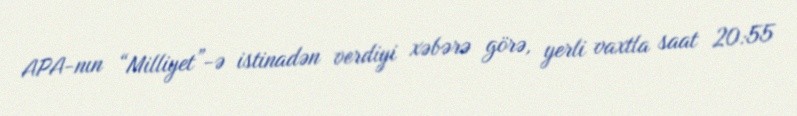
APA-nın “Milliyet”-ə istinadən verdiyi xəbərə görə, yerli vaxtla saat 20:55